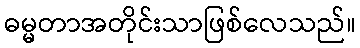
ဓမ္မတာအတိုင်းသာဖြစ်လေသည်။